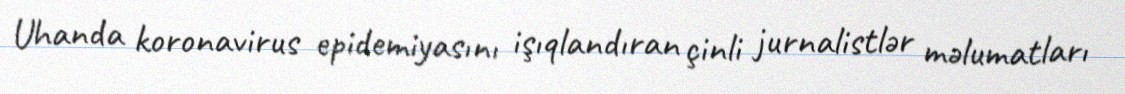
Uhanda koronavirus epidemiyasını işıqlandıran çinli jurnalistlər məlumatları